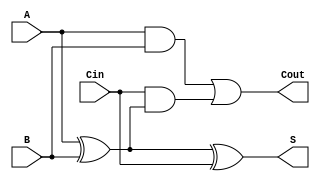
module full_adder (
    input wire A,      // First significant bit
    input wire B,      // Second significant bit
    input wire Cin,    // Carry-in bit
    output wire S,     // Sum output
    output wire Cout    // Carry-out output
);

    // Compute the sum output
    assign S = A ^ B ^ Cin;

    // Compute the carry-out output
    assign Cout = (A & B) | (Cin & (A ^ B));

endmodule